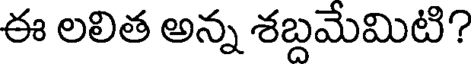
ఈ లలిత అన్న శబ్దమేమిటి?